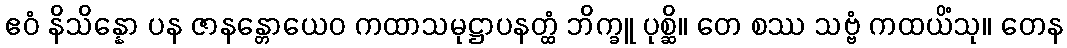
ဧဝံ နိသိန္နော ပန ဇာနန္တောယေဝ ကထာသမုဋ္ဌာပနတ္ထံ ဘိက္ခူ ပုစ္ဆိ။ တေ စဿ သဗ္ဗံ ကထယိံသု။ တေန